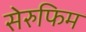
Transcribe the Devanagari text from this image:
सेरुफिम